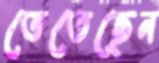
তেতেছেন